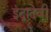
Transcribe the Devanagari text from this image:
इंद्रादेवी